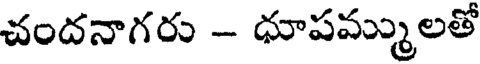
చందనాగరు - ధూపమ్ములతో